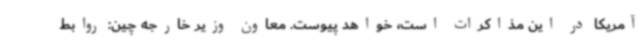
آمریکا در این مذاکرات است، خواهد پیوست. معاون وزیر خارجه چین: روابط